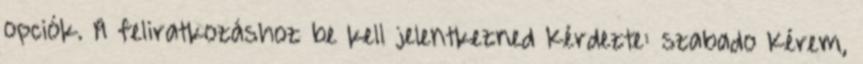
opciók. A feliratkozáshoz be kell jelentkezned Kérdezte: szabado Kérem,